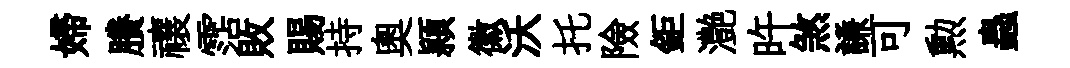
婦賸禳霑敗賜持奧頴徽沃托險鉅灔旿煞謙可勲蟲